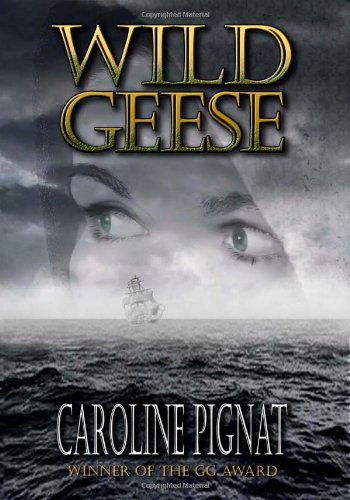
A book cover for Wild Geese; Caroline Pignat; Teen & Young Adult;